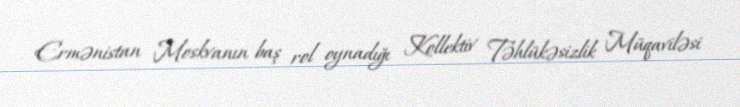
Ermənistan Moskvanın baş rol oynadığı Kollektiv Təhlükəsizlik Müqaviləsi